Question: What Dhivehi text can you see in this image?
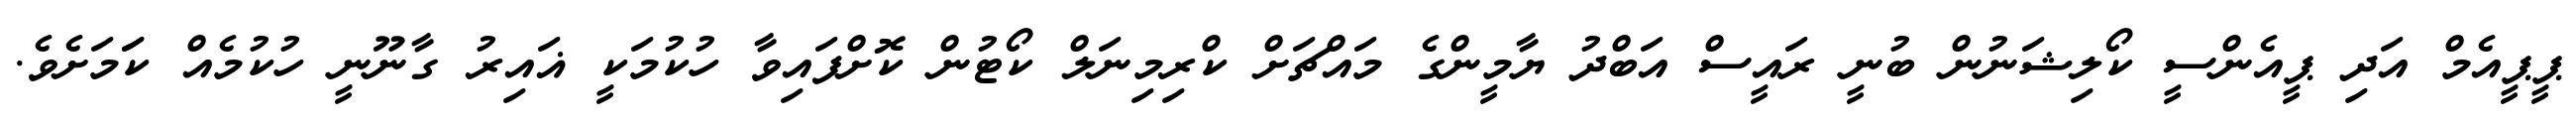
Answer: ޕީޕީއެމް އަދި ޕީއެންސީ ކޯލިޝަނުން ބުނީ ރައީސް އަބްދު ޔާމީންގެ މައްޗަށް ކްރިމިނަލް ކޯޓުން ކޮށްފައިވާ ހުކުމަކީ ޣައިރު ގާނޫނީ ހުކުމެއް ކަަމަށެވެ.